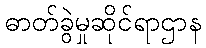
ဓာတ်ခွဲမှုဆိုင်ရာဌာန